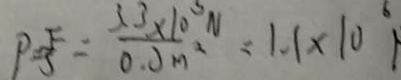
P = \frac { F } { S } = \frac { 3 . 3 \times 1 0 ^ { 3 } N } { 0 . 3 m ^ { 2 } } = 1 . 1 \times 1 0 ^ { 6 }